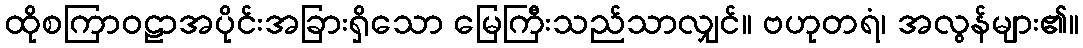
ထိုစကြာဝဠာအပိုင်းအခြားရှိသော မြေကြီးသည်သာလျှင်။ ဗဟုတရံ၊ အလွန်များ၏။